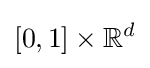
[0,1]\times \mathbb {R} ^{d}